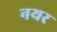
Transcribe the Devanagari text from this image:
नयर